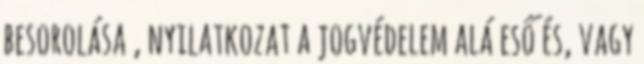
besorolása , nyilatkozat a jogvédelem alá eső és, vagy